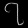
Digit: ၇